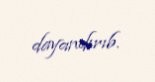
dayandırıb.